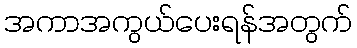
အကာအကွယ်ပေးရန်အတွက်